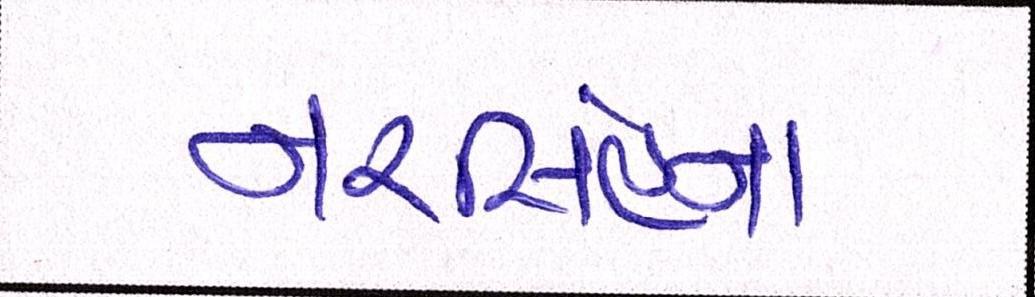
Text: નરસિંહના